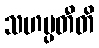
သဟမ္ပတီတိ